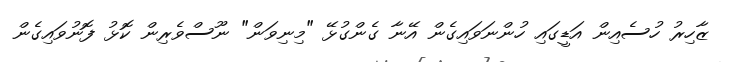
ޒާހިރު ހުސެއިން އަޑީގައި ހުންނަވައިގެން އޭނާ ގެންގުޅޭ "މިނިވަން" ނޫސްވެރިން ކޮޅު ފޮނުވައިގެން